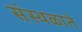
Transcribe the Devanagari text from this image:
संस्थळाने